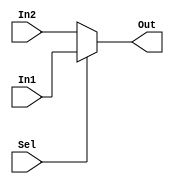
`timescale 1ns / 1ps

module Multiplexer (input In1, In2,
                    input Sel,
                    output reg Out);
                     
    always @ (*) begin
        Out = Sel ? In1 : In2;
    end                     
                     
endmodule